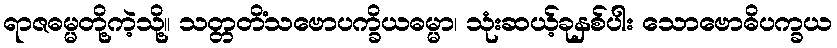
ရာဇဓမ္မတို့ကဲ့သို့။ သတ္တတိံသဗောပက္ခိယဓမ္မာ၊ သုံးဆယ့်ခုနှစ်ပါး သောဗောဓိပက္ခယ